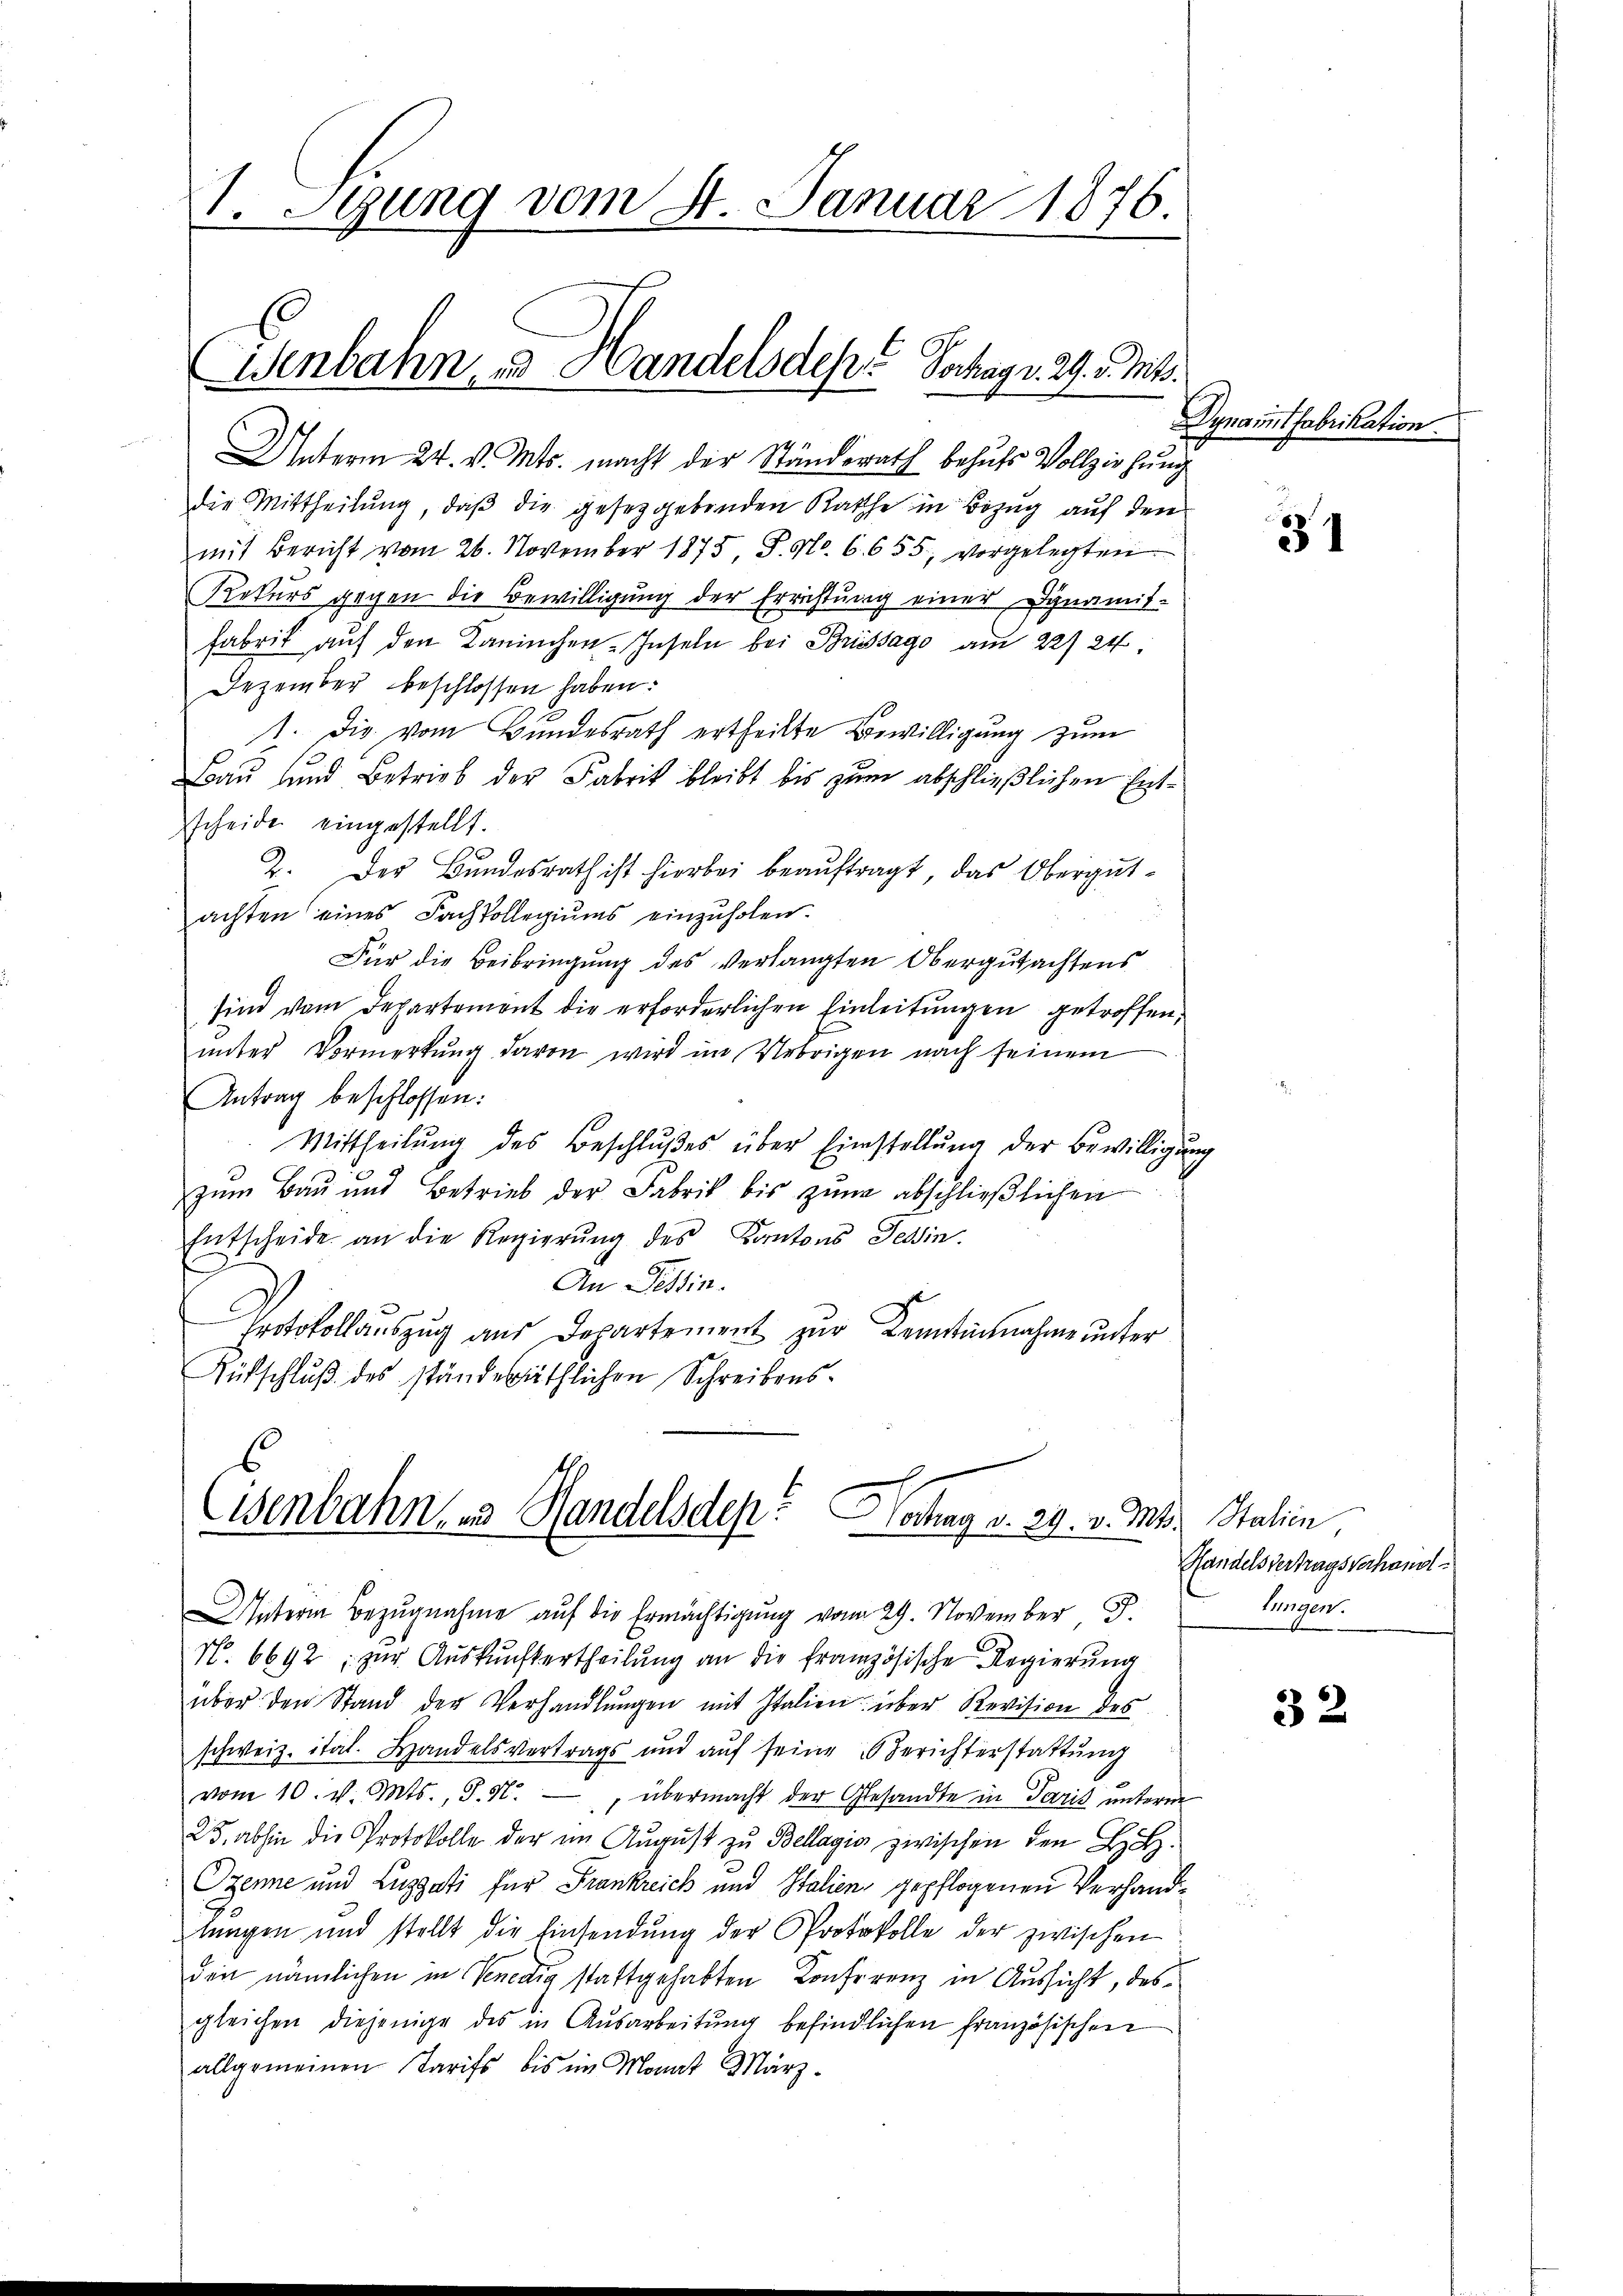
1. Stung vom 8. Januar 1876.

Uenbahn, und Handels des Jochagr. 29. v. Mts.

Unterm 24. v. Mts. macht der Ständerath behufs Vollziehung
die Mittheilŭng, daβ die gesetzgebenden Rathe in Bezug auf den
mit Bericht vom 26. November 1875, P. No. 6. 655, vorgelegten
Rekurs gegen die Bewilligung der Errichtung einer Dynamis-
fabrik auf den Kaninchen-Inseln bei Brissago am 22/24.
Dezember beschlossen haben:
1. Die vom Bundesrath ertheilte Bewilligung zum
Bau und Betrieb der Fabrik bleibt bis zum abschließlichen Entsscheide eingestellt.
2. Der Bundesrath ist hierbei beaŭftragt, das Obergutachten eines Fachkollegiŭms einzŭholen.
Für die Beibringung des verlangten Obergutachtens
sind vom Departement die erforderlichen Einleitungen getroffen,
ŭnter Vormerkŭng davon wird im Uebrigen nach seinem
Antrag beschlossen:
Mittheilŭng des Beschlŭβes über Einstellŭng der Bewilligung
zum Bau und Betrieb der Fabrik bis zŭm abschlieβlichen
Entscheide an die Regierung des Kantons Tessin.
An Tessin.
Protokollauszug aus Departement zur Kenntinnahme unter
Rütschluß des ständeräthlichen Schreibens¬

Eisenbahn zu Handelsdep. Hochang v. 29. v. Mts.

Unterm Bezŭgnahme aŭf die Ermächtigŭng vom 29. November J.
N. 6692, zur Auskunftertheilung an die französische Regierung

Dynammtfabrikation.

über den Stand der Verhandlŭngen mit Italien über Revision des
schweiz. ital. Handelsvertrags und aŭf seine Berichterstattŭng
vom 10. v. Mts., S. N. übermacht der Gesandte in Paris unterm
25. abhin die Protokolle der im August zu Bellagio zwischen den L.
Pzenne und Luzzati für Frankreich und Italien gepflogenen Verhandtngen und stellt die Einsendŭng der Protokolle der zwischen
den nämlichen in Venedig stattgehabten Conferenz in Aussicht, desgleichen diejenige des in Ausarbeitung befindlichen Französischen
allgemeinen Tarifs, bis im Monat März.

31

Italien,
Handelsvertragsverhandl
lingen.

32